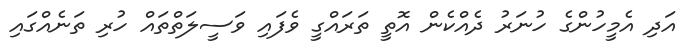
އަދި އެމީހުންގެ ހުނަރު ދެއްކެން އޮތީ ތަރައްގީ ވެފައި ވަސީލަތްތައް ހުރި ތަނެއްގައި